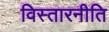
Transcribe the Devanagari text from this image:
विस्तारनीति